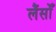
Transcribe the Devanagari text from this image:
लैंसोँ